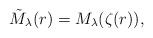
LaTeX: \begin{align*}\tilde M_\lambda(r) = M_\lambda(\zeta(r) ),\end{align*}